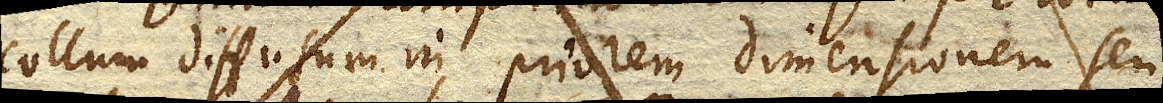
collum diffusum in priorem dimensionem seu